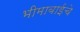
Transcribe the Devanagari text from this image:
भीमाबाईचे